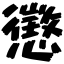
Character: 懲